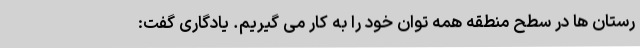
رستان‌ ها در سطح منطقه همه توان خود را به کار می گیریم. یادگاری گفت: